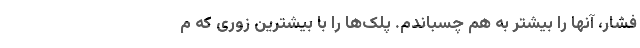
فشار، آنها را بیشتر به هم چسباندم. پلک‌ها را با بیشترین زوری که م